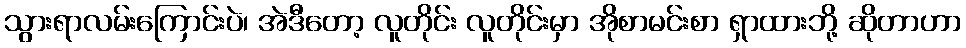
သွားရာလမ်းကြောင်းပဲ၊ အဲဒီတော့ လူတိုင်း လူတိုင်းမှာ အိုစာမင်းစာ ရှာထားဘို့ ဆိုတာဟာ